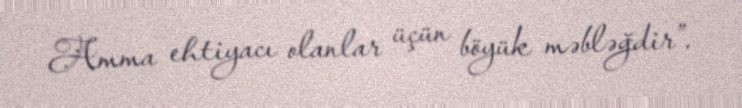
Amma ehtiyacı olanlar üçün böyük məbləğdir”.